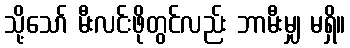
သို့သော် မီးလင်းဖိုတွင်လည်း ဘာမီးမျှ မရှိ။